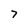
Character: 7